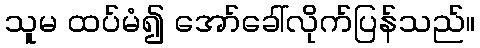
သူမ ထပ်မံ၍ အော်ခေါ်လိုက်ပြန်သည်။